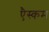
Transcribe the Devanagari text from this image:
एैस्कम